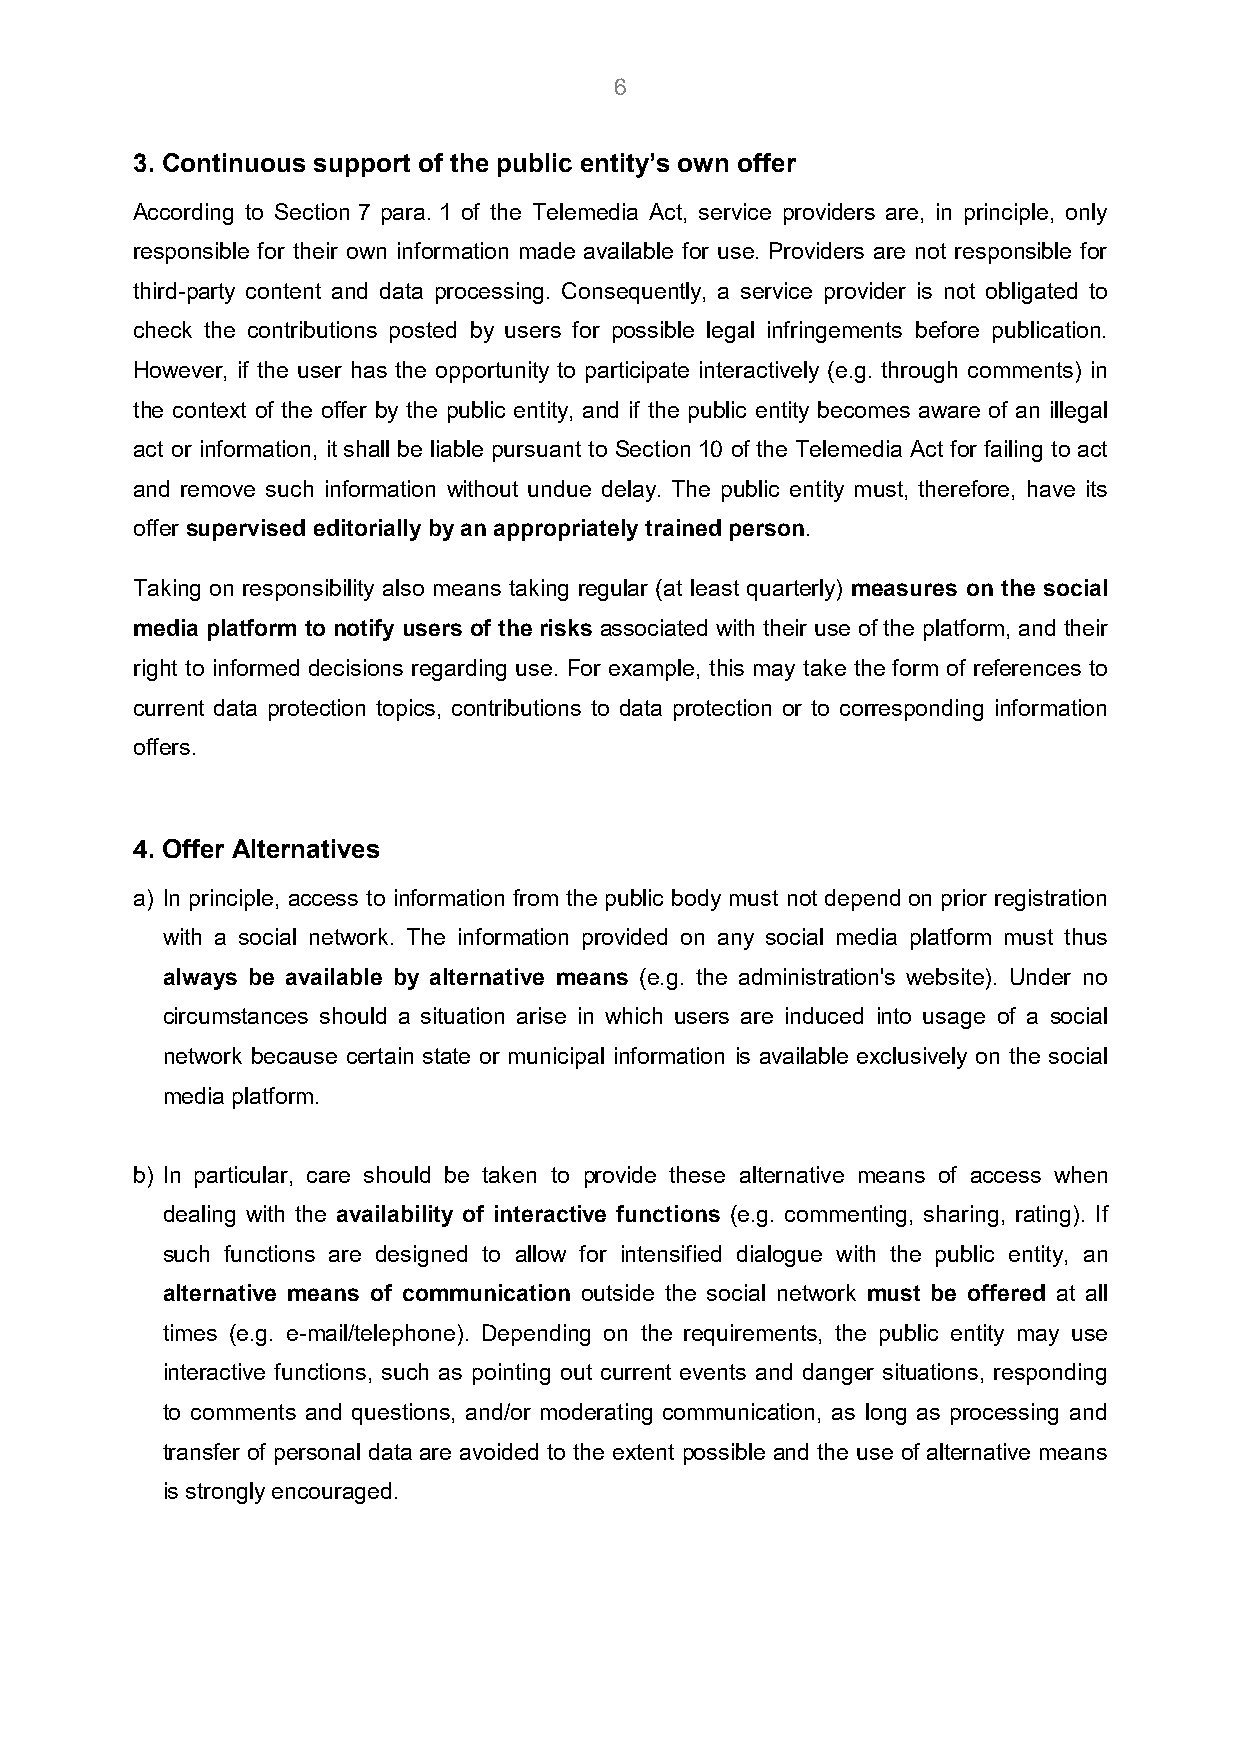
6
 3. Continuous support of the public entity’s own offer
 According to Section 7 para. 1 of the Telemedia Act, service providers are, in principle, only
 responsible for their own information made available for use. Providers are not responsible for
 third-party content and data processing. Consequently, a service provider is not obligated to
 check the contributions posted by users for possible legal infringements before publication.
 However, if the user has the opportunity to participate interactively (e.g. through comments) in
 the context of the offer by the public entity, and if the public entity becomes aware of an illegal
 act or information, it shall be liable pursuant to Section 10 of the Telemedia Act for failing to act
 and remove such information without undue delay. The public entity must, therefore, have its
 offer supervised editorially by an appropriately trained person.
 Taking on responsibility also means taking regular (at least quarterly) measures on the social
 media platform to notify users of the risks associated with their use of the platform, and their
 right to informed decisions regarding use. For example, this may take the form of references to
 current data protection topics, contributions to data protection or to corresponding information
 offers.
 4. Offer Alternatives
 a) In principle, access to information from the public body must not depend on prior registration
 with a social network. The information provided on any social media platform must thus
 always be available by alternative means (e.g. the administration's website). Under no
 circumstances should a situation arise in which users are induced into usage of a social
 network because certain state or municipal information is available exclusively on the social
 media platform.
 b) In particular, care should be taken to provide these alternative means of access when
 dealing with the availability of interactive functions (e.g. commenting, sharing, rating). If
 such functions are designed to allow for intensified dialogue with the public entity, an
 alternative means of communication outside the social network must be offered at all
 times (e.g. e-mail/telephone). Depending on the requirements, the public entity may use
 interactive functions, such as pointing out current events and danger situations, responding
 to comments and questions, and/or moderating communication, as long as processing and
 transfer of personal data are avoided to the extent possible and the use of alternative means
 is strongly encouraged.